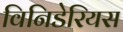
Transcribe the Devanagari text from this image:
विनिडेरियस